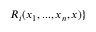
R _ { i } ( x _ { 1 } , . . . , x _ { n } , x ) \}